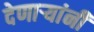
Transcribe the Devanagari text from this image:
देणाऱ्यांनी